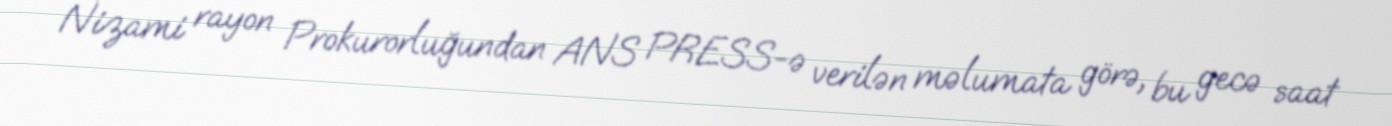
Nizami rayon Prokurorluğundan ANS PRESS-ə verilən məlumata görə, bu gecə saat